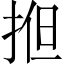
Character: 𢭱